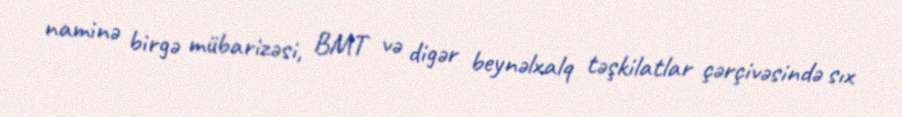
naminə birgə mübarizəsi, BMT və digər beynəlxalq təşkilatlar çərçivəsində sıx